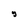
Character: g